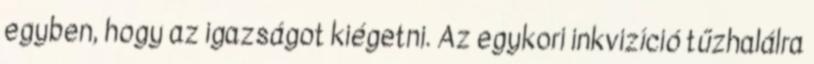
egyben, hogy az igazságot kiégetni. Az egykori inkvizíció tűzhalálra